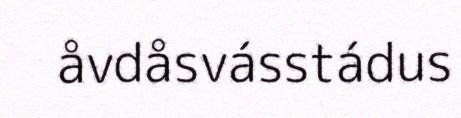
åvdåsvásstádus